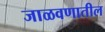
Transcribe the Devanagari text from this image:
जाळवणातील